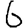
Digit: 6